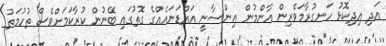
އަދި އިދިކޮޅު ހަނގުރާމަވެރިން އާންމުން އިންސާނީ އައްޑަނައެއްގެ ގޮތުގައި ބޭނުން ކުރާކަމަށްވެސް ތުހުމަތު